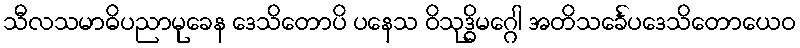
သီလသမာဓိပညာမုခေန ဒေသိတောပိ ပနေသ ဝိသုဒ္ဓိမဂ္ဂေါ အတိသင်္ခေပဒေသိတောယေဝ